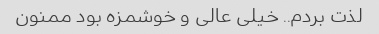
لذت بردم.. خیلی عالی و خوشمزه بود ممنون